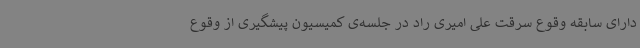
دارای سابقه وقوع سرقت علی امیری راد در جلسه‌ی کمیسیون پیشگیری از وقوع